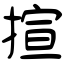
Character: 揎